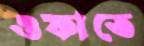
ওফাতে